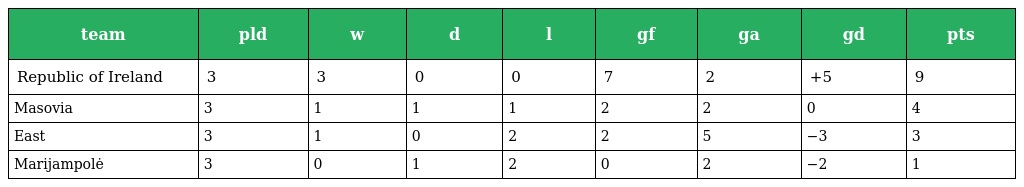
| team | pld | w | d | l | gf | ga | gd | pts |
 | --- | --- | --- | --- | --- | --- | --- | --- | --- |
 | Republic of Ireland | 3 | 3 | 0 | 0 | 7 | 2 | +5 | 9 |
 | Masovia | 3 | 1 | 1 | 1 | 2 | 2 | 0 | 4 |
 | East | 3 | 1 | 0 | 2 | 2 | 5 | −3 | 3 |
 | Marijampolė | 3 | 0 | 1 | 2 | 0 | 2 | −2 | 1 |